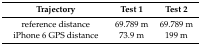
<table><thead><tr><td><b>Trajectory</b></td><td><b>Test 1 </b></td><td><b>Test 2</b></td></tr></thead><tbody><tr><td>reference distance </td><td>69.789 m</td><td>69.789 m</td></tr><tr><td>iPhone 6 GPS distance</td><td>73.9 m</td><td>199 m</td></tr></tbody></table>